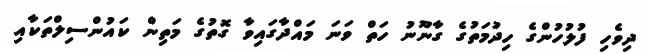
ދިވެހި ފުލުހުންގެ ހިދުމަތުގެ ގާނޫނު ހަތް ވަނަ މައްދާގައިވާ ގޮތުގެ މަތިން ކައުންސިލްތަކާއި